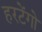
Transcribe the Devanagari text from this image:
हरटेंगो